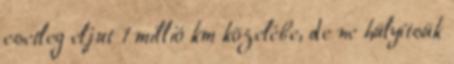
esetleg eljut 1 millió km közelébe, de ne hülyítsük